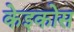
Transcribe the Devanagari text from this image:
केइकोस